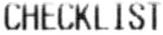
CHECKLIST